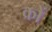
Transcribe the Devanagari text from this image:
क्रों